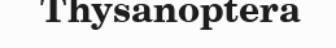
Thysanoptera